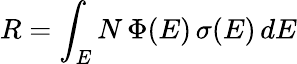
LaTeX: R=\int_{E}N\, \Phi(E)\, \sigma(E)\, dE